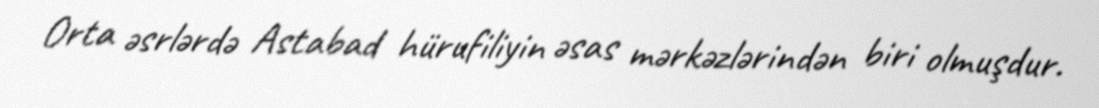
Orta əsrlərdə Astabad hürufiliyin əsas mərkəzlərindən biri olmuşdur.